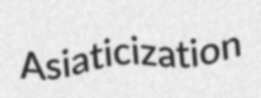
Asiaticization